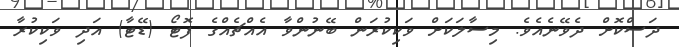
ދަސްކޮށް ދެވޭނެއެވެ. މިސާލަކަށް ވަކިކުރަން ބޭނުންވާ އެއްޗެއްގެ ފޮޓޯ (ޑޭޓާ) އަދި ވަކިކުރާ